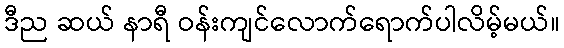
ဒီည ဆယ် နာရီ ဝန်းကျင်လောက်ရောက်ပါလိမ့်မယ်။